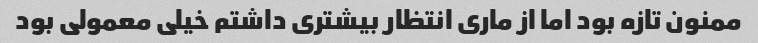
ممنون تازه بود اما از ماری انتظار بیشتری داشتم خیلی معمولی بود